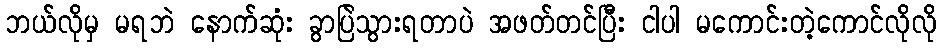
ဘယ်လိုမှ မရဘဲ နောက်ဆုံး ခွာပြဲသွားရတာပဲ အဖတ်တင်ပြီး ငါပါ မကောင်းတဲ့ကောင်လိုလို